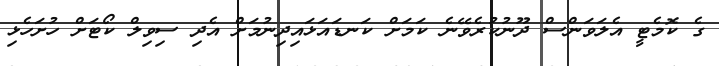
ގެ ކޮމެޓީ އެލަވަންސް ދޫނުކުރެވޭނެ ކަމަށް ކަނޑައަޅައިދިނުމަށް އެދި ސިވިލް ކޯޓަށް ހުށަހެޅި